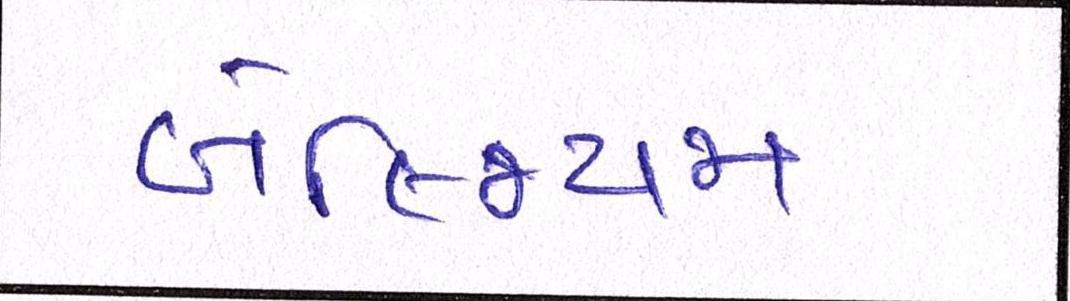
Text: બેલ્જિયમ